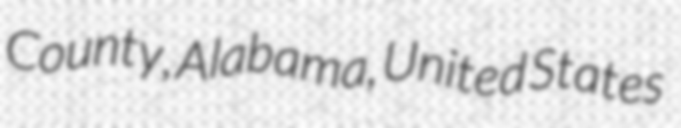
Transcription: County, Alabama, United States